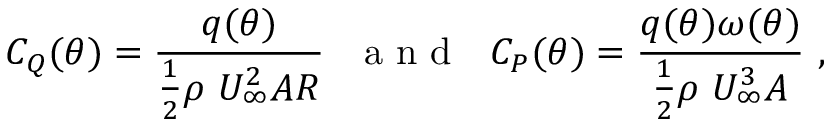
C _ { Q } ( \theta ) = \frac { q ( \theta ) } { \frac { 1 } { 2 } \rho \ U _ { \infty } ^ { 2 } A R } \ \ \mathrm { ~ a ~ n ~ d ~ } \ \ C _ { P } ( \theta ) = \frac { q ( \theta ) \omega ( \theta ) } { \frac { 1 } { 2 } \rho \ U _ { \infty } ^ { 3 } A } \ ,